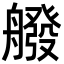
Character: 𦪑